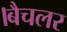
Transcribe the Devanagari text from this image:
।बैचलर